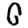
Digit: 0